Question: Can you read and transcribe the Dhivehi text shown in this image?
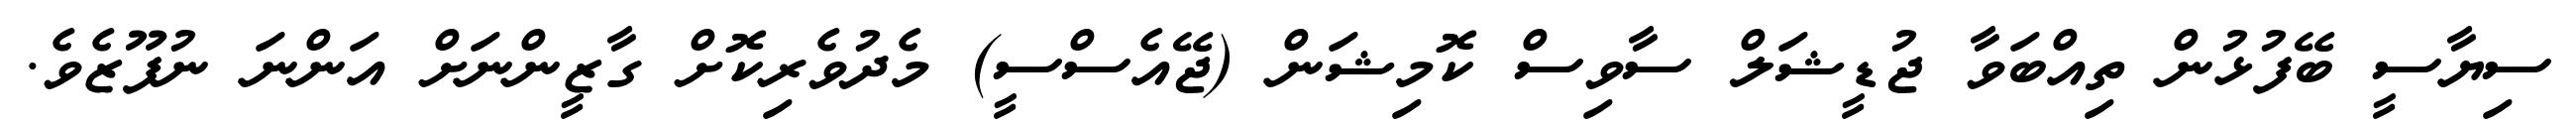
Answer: ސިޔާސީ ބޭފުޅުން ތިއްބަވާ ޖުޑީޝަލް ސާވިސް ކޮމިޝަން (ޖޭއެސްސީ) މެދުވެރިކޮށް ގާޒީންނަށް އަންނަ ނުފޫޒެވެ.